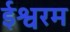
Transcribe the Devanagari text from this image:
ईश्वरम